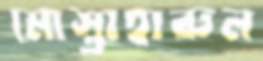
মোস্তাহারুল